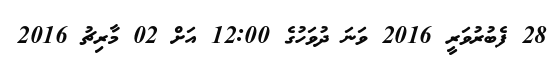
28 ފެބުރުވަރީ 2016 ވަނަ ދުވަހުގެ 12:00 އަށް 02 މާރިޗު 2016